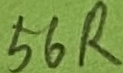
Text: 56R